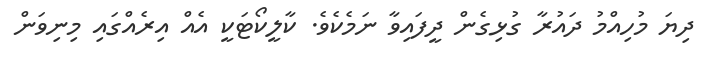
ދިޔަ މުހިއްމު ދައުރާ ގުޅިގެން ދީފައިވާ ނަމެކެވެ. ކާލީކޯޓަކީ އެއް އިރެއްގައި މިނިވަން